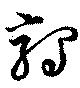
鶉